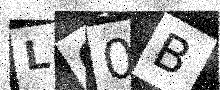
Text: LO0B